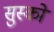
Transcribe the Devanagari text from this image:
सुस्को